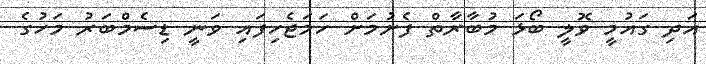
އަދި ގައުމީ ވޮލީ ބޯޅަ މުބާރާތް ފެށުމަށް ހަމަޖެހިފައި ވަނީ ޑިސެމްބަރު މަހުގެ